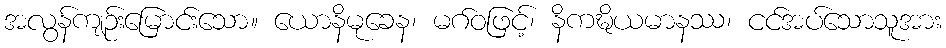
အလွန်ကျဉ်းမြောင်းသော။ ယောနိမုခေန၊ မဂ်ဝဖြင့်၊ နိကဍ္ဎိယမာနဿ၊ ငင်အပ်သောသူအား